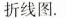
折线图。